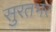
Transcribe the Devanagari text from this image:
सुरतभर